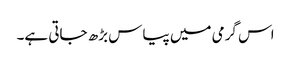
اس گرمی میں پیاس بڑھ جاتی ہے۔